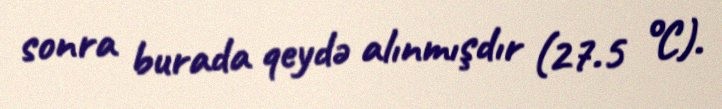
sonra burada qeydə alınmışdır (27.5 °C).